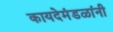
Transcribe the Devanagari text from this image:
कायदेमंडळांनी